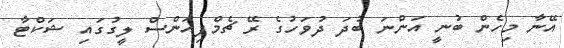
އޭނާ މިހެން ބުނީ އަންނަ ބުދަ ދުވަހުގެ ރޭ ޗެމްޕިއަންސް ލީގުގައި ޝަކްޓާ